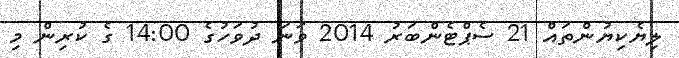
ލިޔެކިޔުންތައް 21 ސެޕްޓެންބަރު 2014 ވަނަ ދުވަހުގެ 14:00 ގެ ކުރިން މި